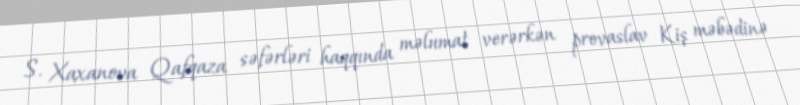
S. Xaxanova Qafqaza səfərləri haqqında məlumat verərkən provaslav Kiş məbədinə